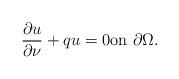
LaTeX: \begin{align*}\frac{\partial u}{\partial \nu}+qu=0 \hbox{on }\partial \Omega.\end{align*}